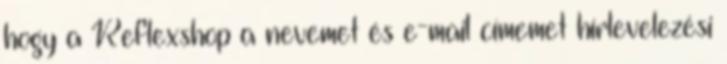
hogy a Reflexshop a nevemet és e-mail címemet hírlevelezési